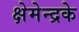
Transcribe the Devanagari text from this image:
क्षेमेन्द्रके